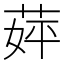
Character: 𬝈